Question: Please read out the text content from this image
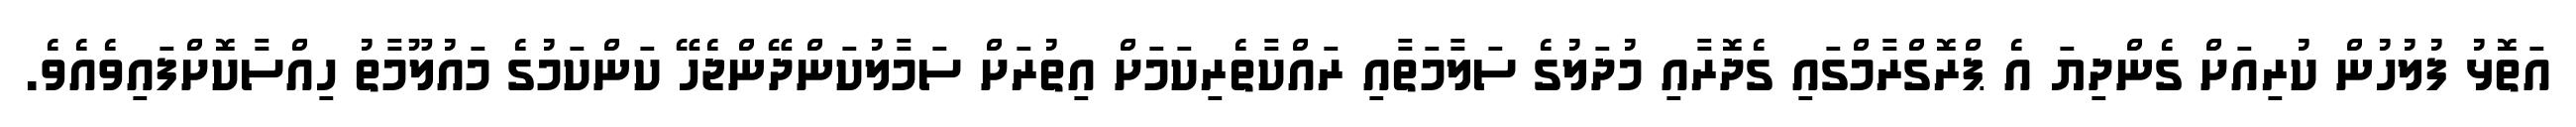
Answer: އަތޮޅު ފުލުހުން ކުރިއަށް ގެންދިޔަ އެ ޕްރޮގްރާމްގައި ގެދޮރާއި މުދަލުގެ ސަލާމަތާއި ރައްކާތެރިކަމަށް އިތުރަށް ސަމާލުކަންދޭންޖެހޭ ކަންކަމުގެ މައުލޫމާތު ހިއްސާކޮށްފައިވެއެވެ.